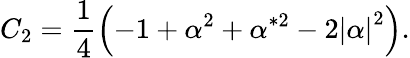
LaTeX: C_{2}=\frac 14\left(-1+\alpha^{2}+\alpha^{*2}-2\left|\alpha\right|^{2}\right).